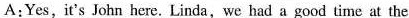
A: Yes, it's John here. Linda,we had a good time at the